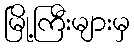
မြို့ကြီးများမှ